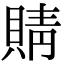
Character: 䝼